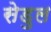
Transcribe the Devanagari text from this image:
सेडुल